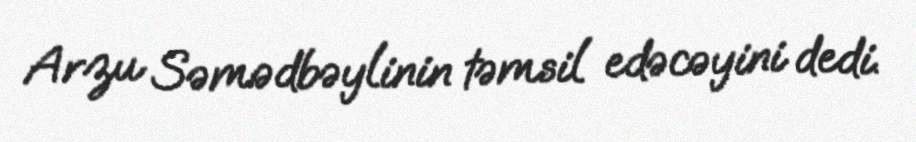
Arzu Səmədbəylinin təmsil edəcəyini dedi.